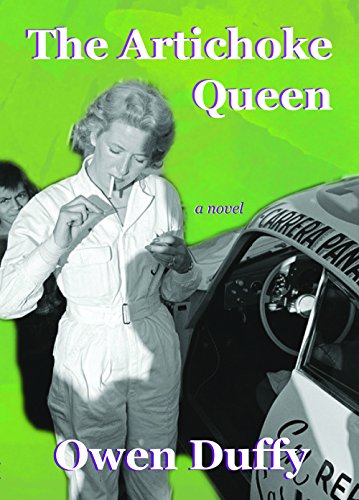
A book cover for The Artichoke Queen; Owen Duffy; Romance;